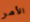
الأمر